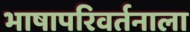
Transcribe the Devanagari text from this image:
भाषापरिवर्तनाला